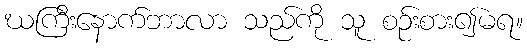
ဃကြီးနောက်ဘာလာ သည်ကို သူ စဉ်းစား၍မရ။